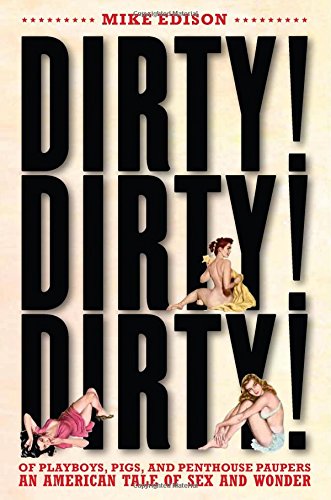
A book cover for Dirty! Dirty! Dirty!: Of Playboys, Pigs, and Penthouse PaupersEEAn American Tale of Sex and Wonder; Mike Edison; Politics & Social Sciences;